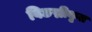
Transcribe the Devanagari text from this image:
विछद्मीकृत